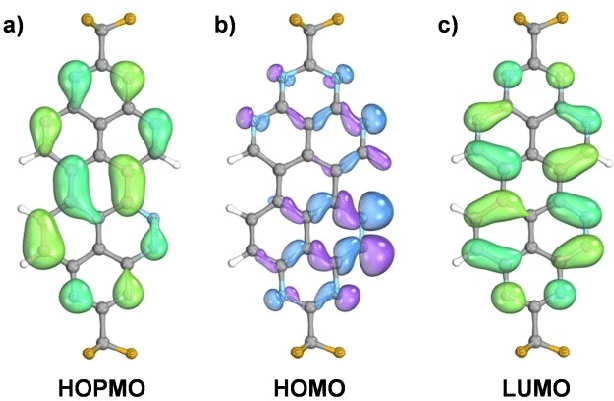
iboview, orbital